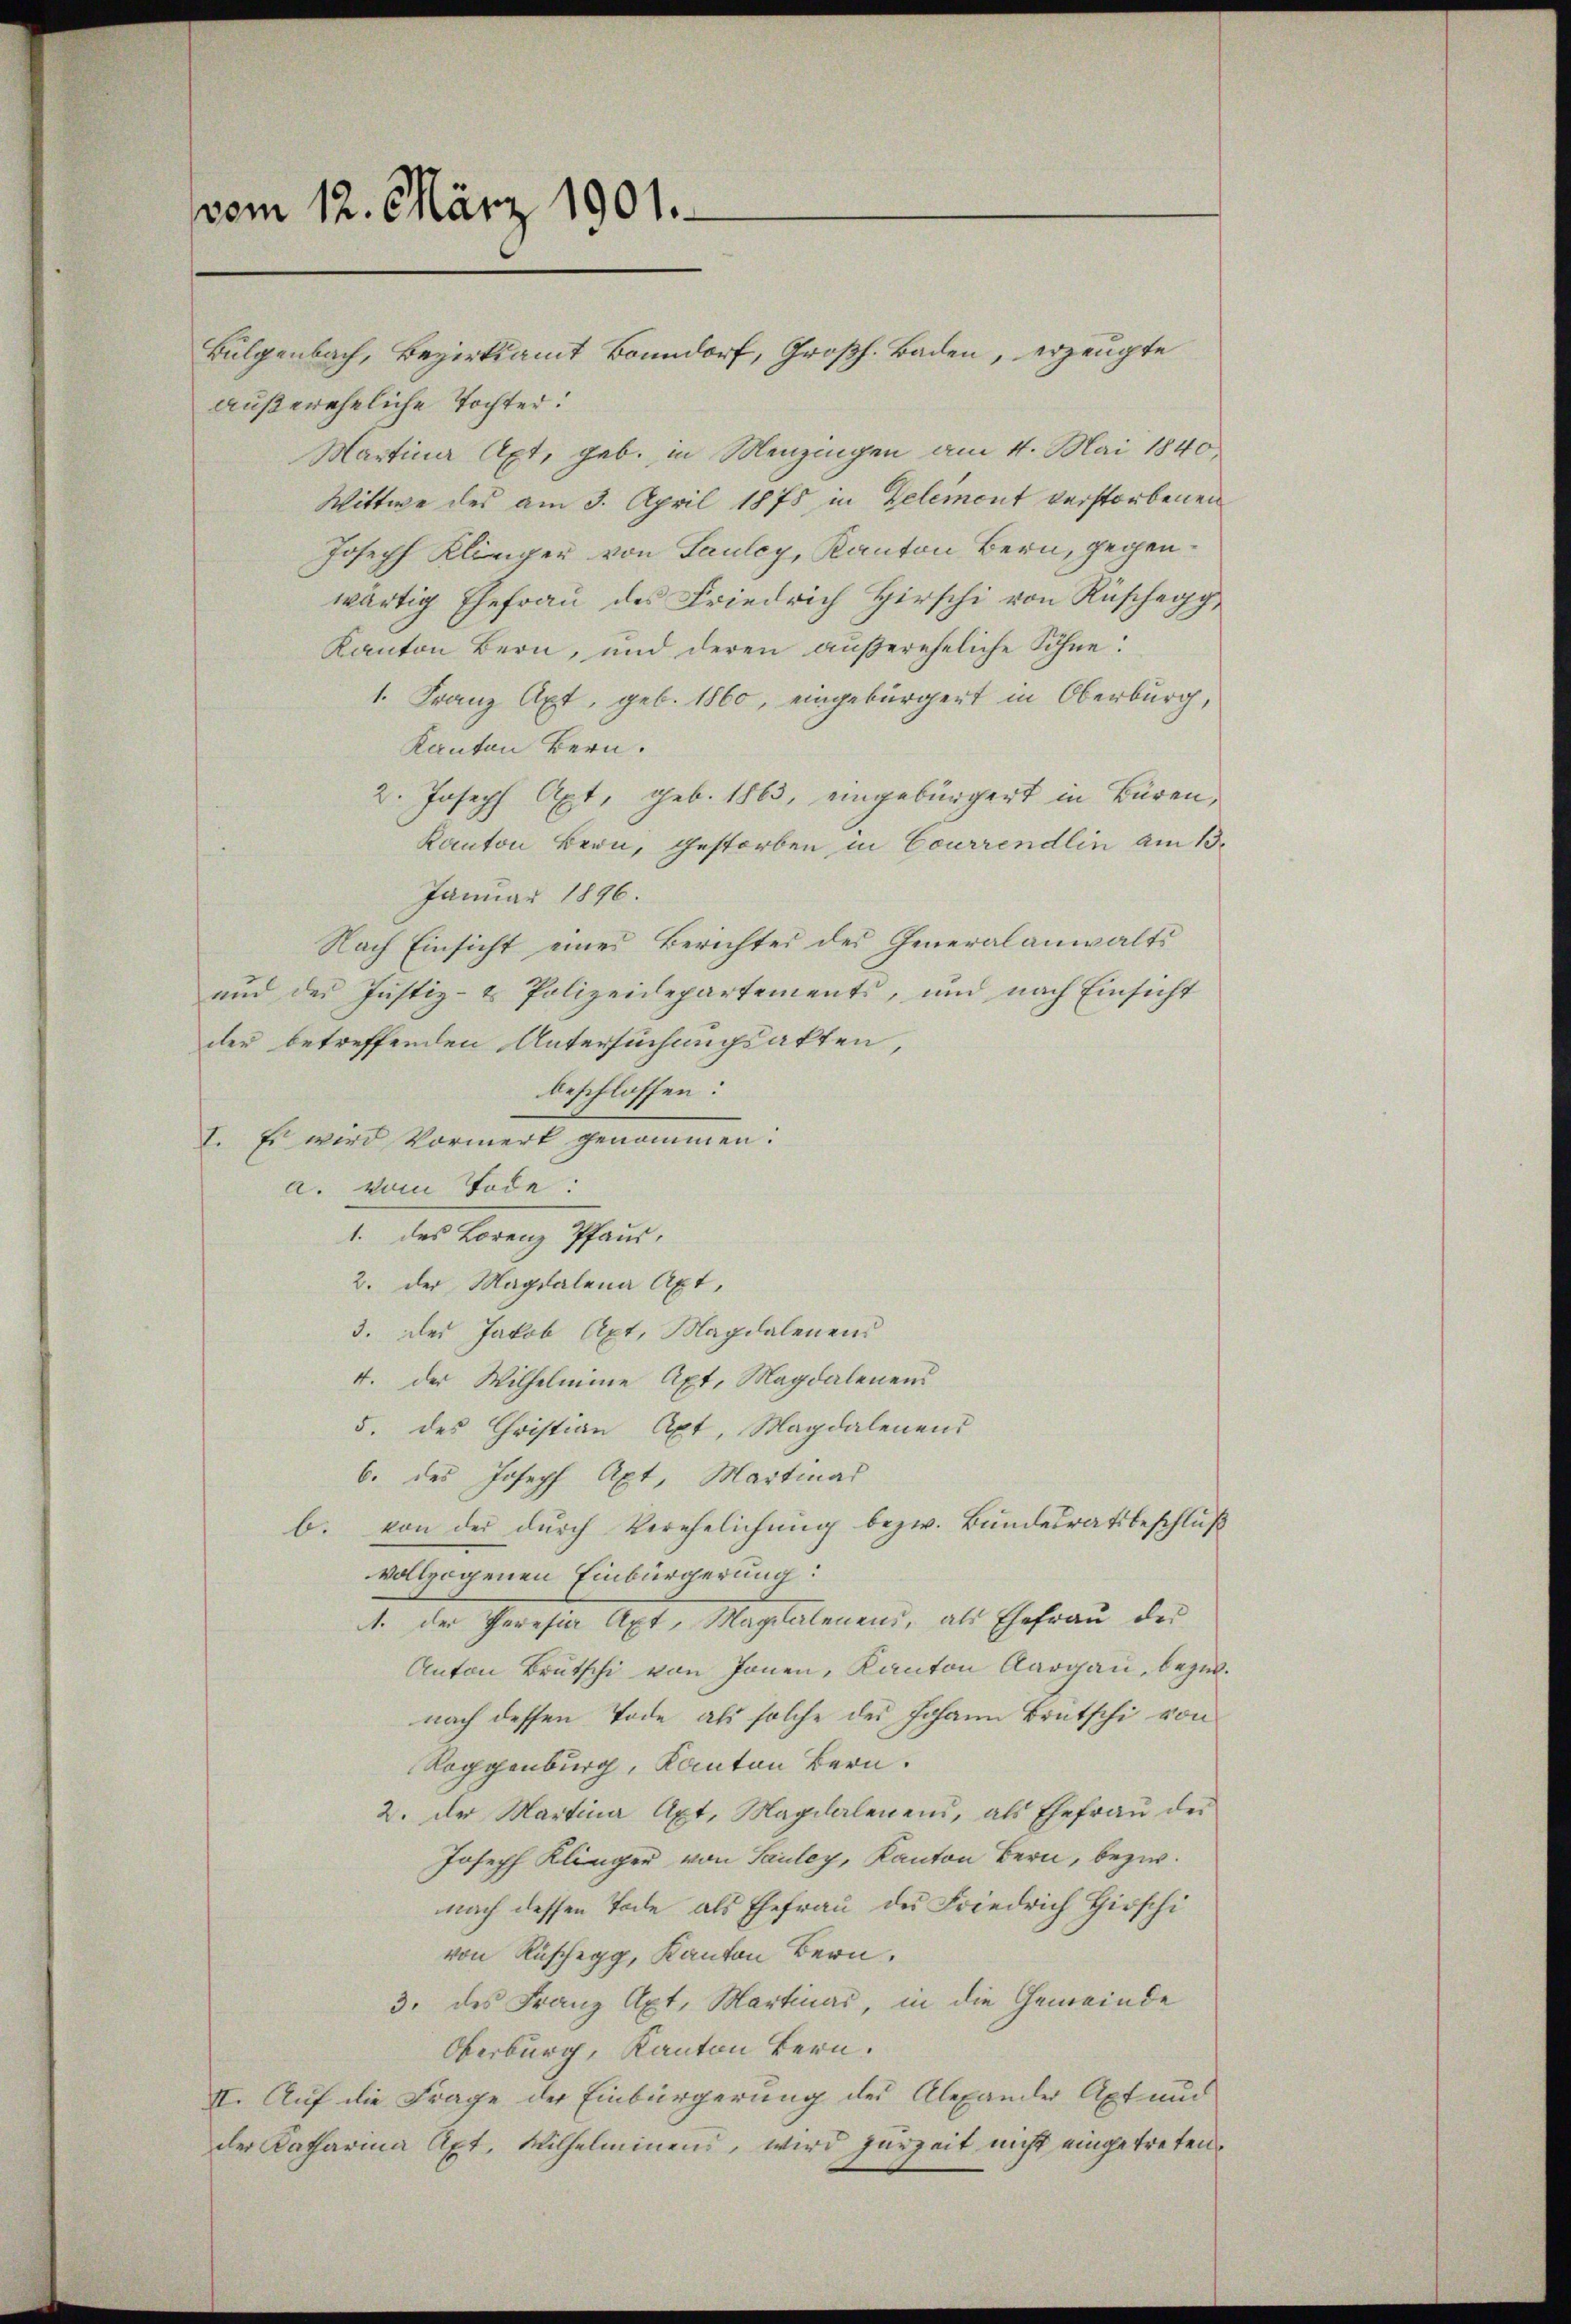
vom 12. März 1901.

außereheliche Tochter.
Martina Apt, geb. in Menzingen am 4. Mai 1840
Wittwe des am 3. April 1878 in Delement verstorbenen
Joseph Klinger von Saulcy, Kanton Bern, gegenwärtig Ehefraŭ des Friedrich Hirschi von Rüschegg
Kanton Bern, und deren außereheliche Söhne:
1. Franz Axt, geb. 1860, eingebürgert in Oberburg,
Kanton Bern.
2. Joseph Apt, geb. 1863, eingebürgert in Bären,
Kanton Bern, Gestorben in Courrendlin am 13.
Januar 1896.
Nach Einsicht eines Berichtes des Generalanwalts
und des Justiz- & Polizeidepartements, und nach Einsicht
der betreffenden Untersuchungsakten,
beschlossen:
1. Es wird Vormert
a. vom Tode:
1. des Lorenz Pfaus,
2. der Magdalena Axt,
3. des Jakob Axt, Magdalenens
4. der Wilhelmine Axt, Magdalenens
5. des Christian Axt, Magdalenend
b. des Joseph Axt, Martinas
b. von der durch Verehelichung bezw. Bundesratsbeschluß
vollzogenen Einbürgerung:
1. der Peresia Apt, Magitalenend, als Ehefrau der
Anton Brutschi von Jonen, Kanton Aargau, bezw.
nach dessen Tode als solche des Johann Brütschi von
Roggenburg, Kanton Bern.
2. Der Martina Axt, Magilalenen, als Ehefrau der
Joseph Klinger von Sauley, Kanton Bern, bezw.
nach dessen Tode als Ehefrau des Friedrich Hirschi
von Rüschegg, Kanton Bern,
3. des Franz Axt, Martinas, in die Gemeinde
Oberburg, Kanton Bern.
II. Auf die Frage der Einbürgerung des Alexander Axt und
der Katharina Axt, Wilhelminend, wird zurzeit nicht eingetreten.

Bulgenbach, Bezirksamt Bonndorf, Großh. Baden, erzeugte